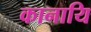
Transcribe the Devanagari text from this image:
कानायि